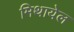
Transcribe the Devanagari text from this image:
मिथायेल